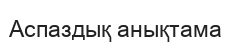
Аспаздық анықтама